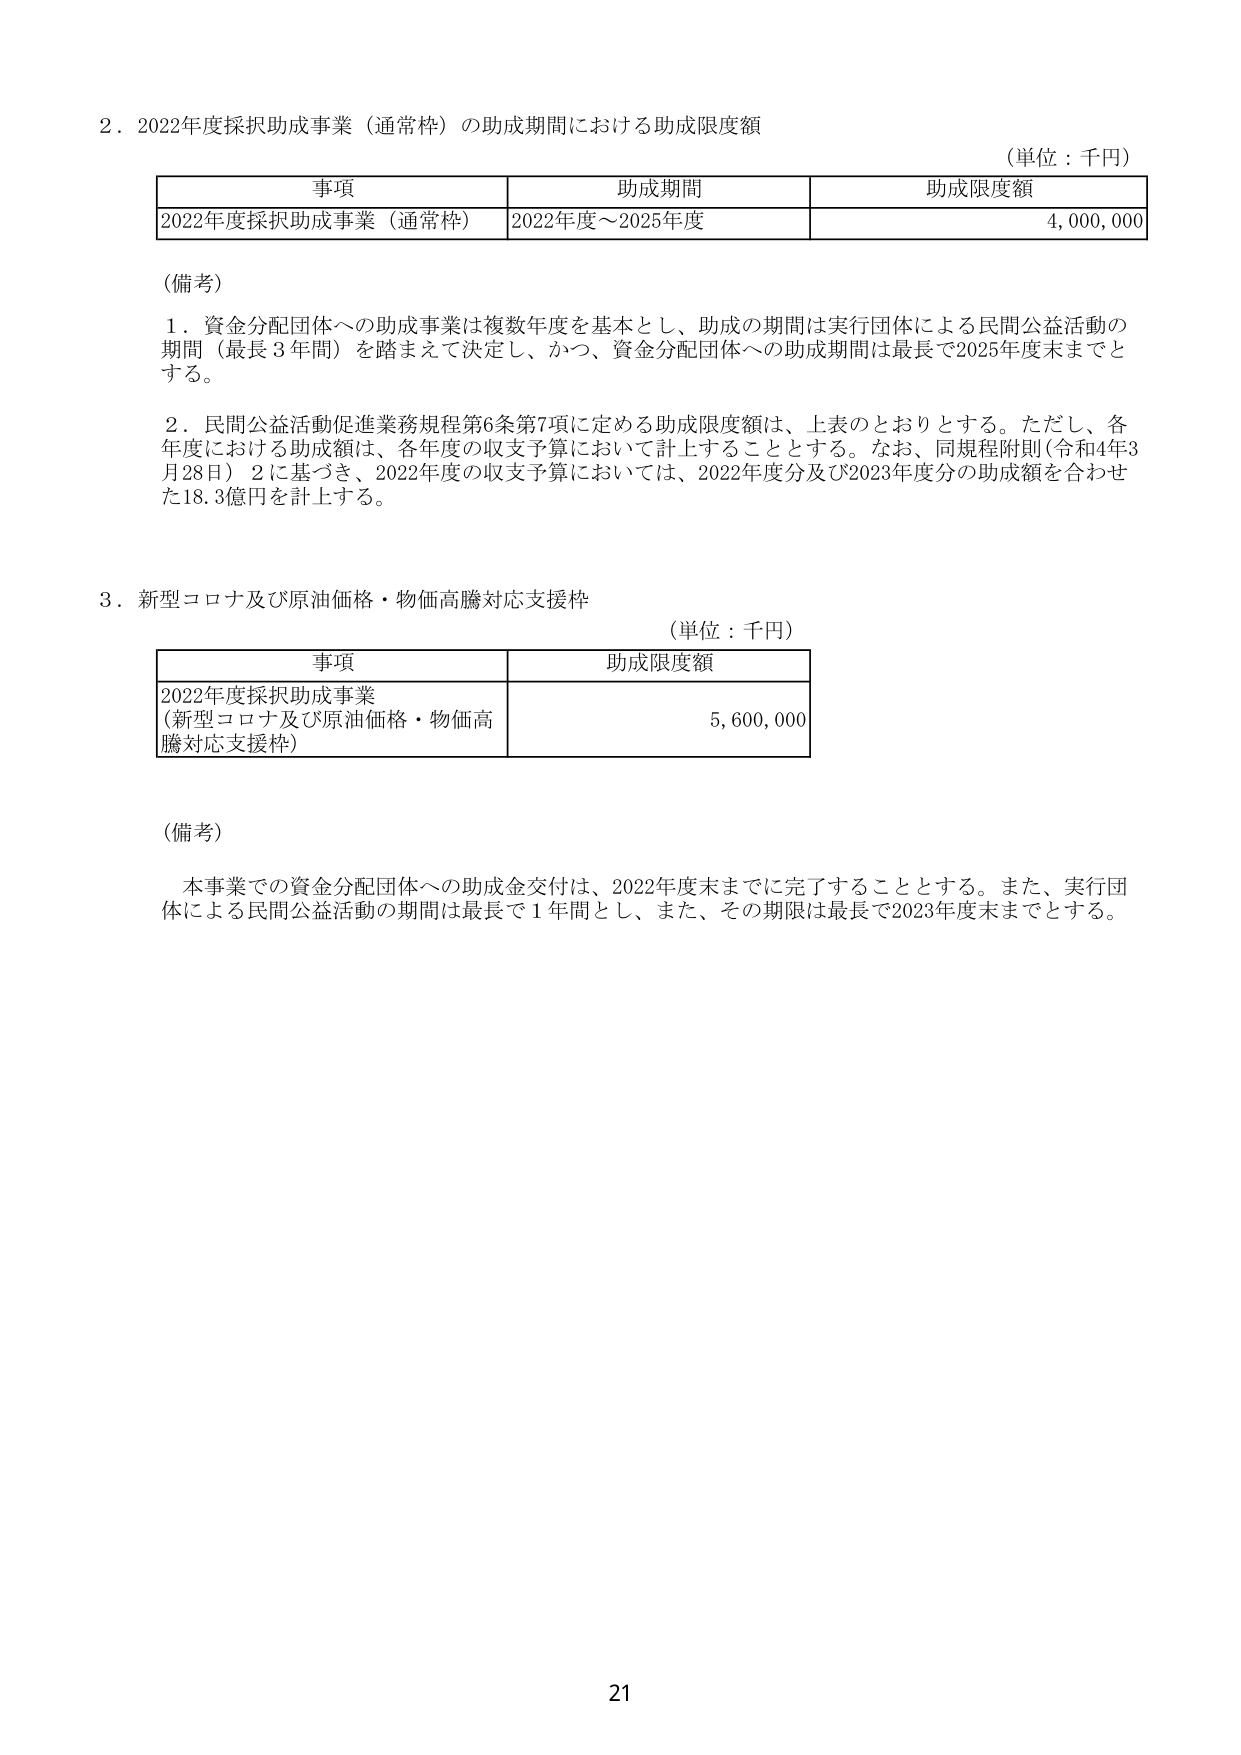
2．2022年度採択助成事業（通常枠）の助成期間における助成限度額
（単位：千円）

事項　　　　　　　　　　　　　助成期間　　　　　　　　　助成限度額
2022年度採択助成事業（通常枠）　2022年度～2025年度　　　　4,000,000

（備考）
1．資金分配団体への助成事業は複数年度を基本とし、助成の期間は実行団体による民間公益活動の期間（最長3年間）を踏まえて決定し、かつ、資金分配団体への助成期間は最長で2025年度末までとする。
2．民間公益活動促進業務規程第6条第7項に定める助成限度額は、上表のとおりとする。ただし、各年度における助成額は、各年度の収支予算において計上することとする。なお、同規程附則（令和4年3月28日）2に基づき、2022年度の収支予算においては、2022年度分及び2023年度分の助成額を合わせた18.3億円を計上する。

3．新型コロナ及び原油価格・物価高騰対応支援枠
（単位：千円）

事項　　　　　　　　　　　　　助成限度額
2022年度採択助成事業　　　　　　5,600,000
（新型コロナ及び原油価格・物価高騰対応支援枠）

（備考）
本事業での資金分配団体への助成金交付は、2022年度末までに完了することとする。また、実行団体による民間公益活動の期間は最長で1年間とし、また、その期限は最長で2023年度末までとする。

21